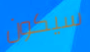
سيكون